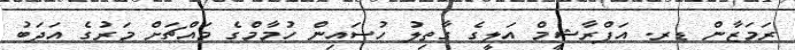
ރަމަޒާން ޑރ. އަފްރާޝީމް އަލީގެ ގާތިލު ހުސައިން ހުމާމްގެ މައްޗަށް މަރުގެ އަދަބު